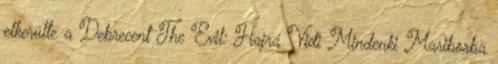
elkerülte a Debrecent The Evil: Hajrá Vidi Mindenki Mariborba